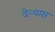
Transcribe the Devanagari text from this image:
देन्यास